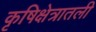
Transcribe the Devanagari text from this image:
कृषिक्षेत्रातली